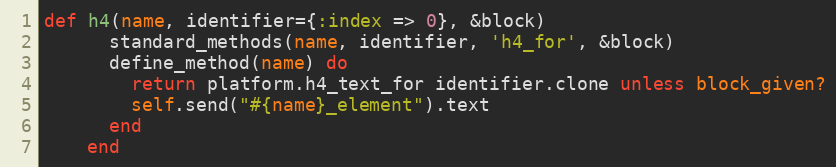
Language: Ruby
def h4(name, identifier={:index => 0}, &block)
      standard_methods(name, identifier, 'h4_for', &block)
      define_method(name) do
        return platform.h4_text_for identifier.clone unless block_given?
        self.send("#{name}_element").text
      end
    end